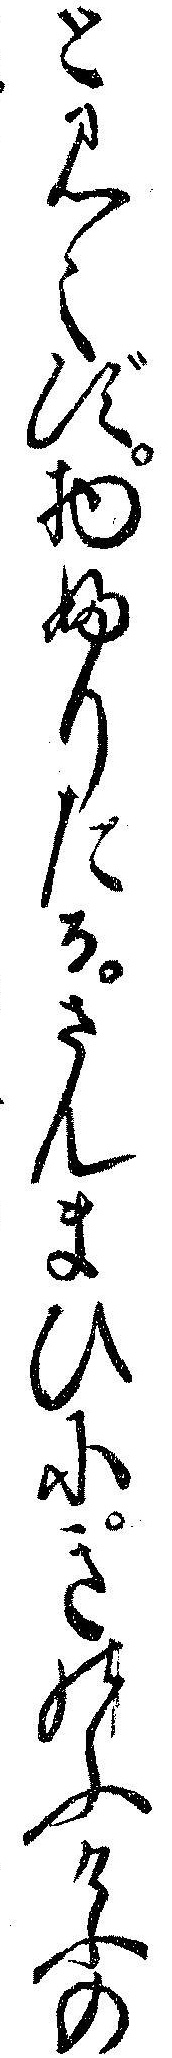
とみえず物ふりたるさんまひにきのふけふの